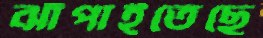
ঝাঁপাইতেছে